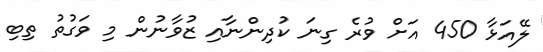
ލޭއަޅާ 450 އަށް ވުރެ ގިނަ ކުދިންނާއި ޒުވާނުން މި ވަގުތު ތިބި